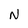
Character: N